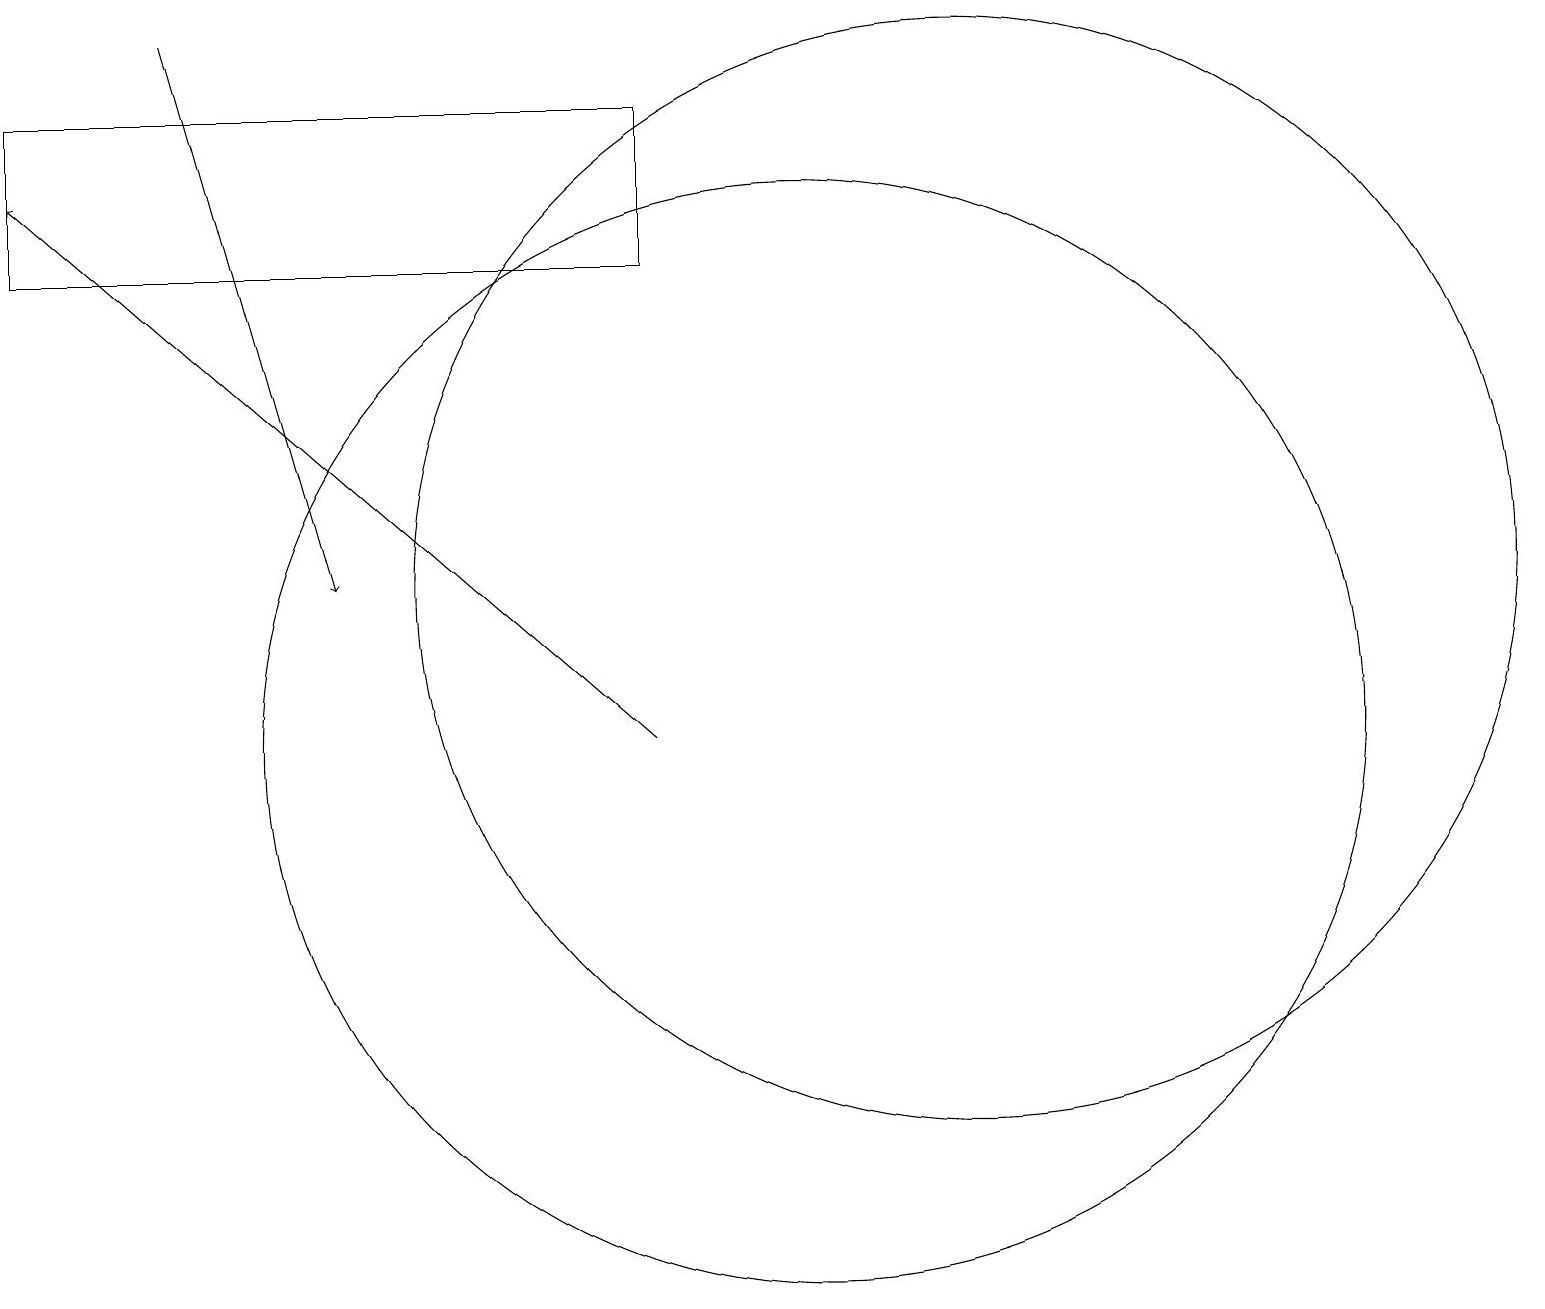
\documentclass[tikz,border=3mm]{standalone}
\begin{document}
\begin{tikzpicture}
\draw (12,12) circle (7);
\draw (10,10) circle (0);
\draw (10,10) circle (7);
\draw[->] (8,10) -- (0,17);
\draw (8,18) rectangle (0,16);
\draw[->] (2,19) -- (4,12);
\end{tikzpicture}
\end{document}